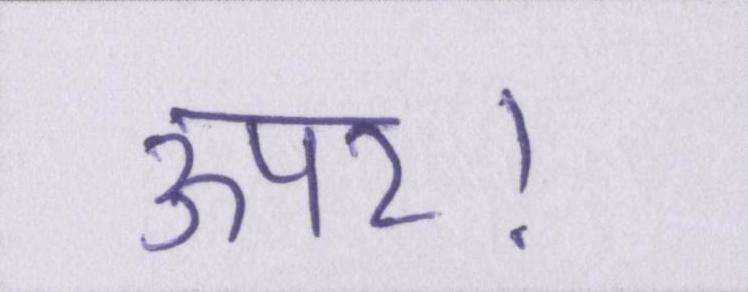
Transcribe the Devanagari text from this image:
ऊपर।